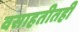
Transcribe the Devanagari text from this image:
वसाहतीतही